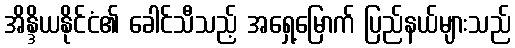
အိန္ဒိယနိုင်ငံ၏ ခေါင်သီသည့် အရှေ့မြောက် ပြည်နယ်များသည်